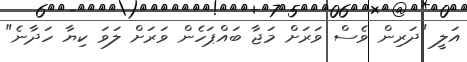
އަލީ "ދަރިން ވެސް ވަރަށް މަޖާ ބައްޕަހެން ވަރަށް ލަވަ ކިޔާ ހަދާނެ"